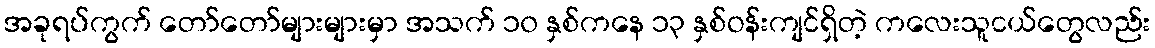
အခုရပ်ကွက် တော်တော်များများမှာ အသက် ၁၀ နှစ်ကနေ ၁၃ နှစ်ဝန်းကျင်ရှိတဲ့ ကလေးသူငယ်တွေလည်း